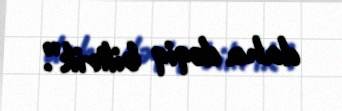
daha dəqiq bilirik”.